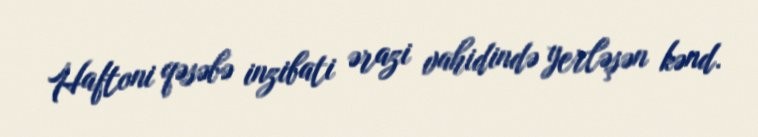
Haftoni qəsəbə inzibati ərazi vahidində yerləşən kənd.